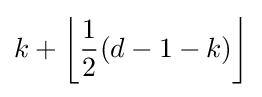
k+\left\lfloor {\frac {1}{2}}(d-1-k)\right\rfloor